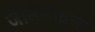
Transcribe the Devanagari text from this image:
जेसिमाइन